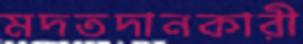
মদতদানকারী